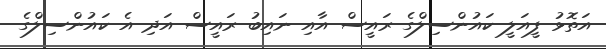
އަތޮޅު ފީއަލީ ކައުންސިލްގެ ރައީސް އާއި ނައިބު ރައީސް އަދި އެ ކައުންސިލްގެ